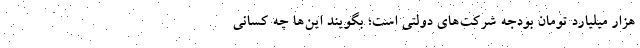
هزار میلیارد تومان بودجه شرکت‌های دولتی است؛ بگویند این‌ها چه کسانی